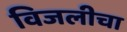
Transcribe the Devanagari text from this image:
विजलीचा